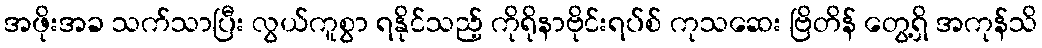
အဖိုးအခ သက်သာပြီး လွယ်ကူစွာ ရနိုင်သည့် ကိုရိုနာဗိုင်းရပ်စ် ကုသဆေး ဗြိတိန် တွေ့ရှိ အကုန်သိ